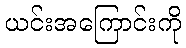
ယင်းအကြောင်းကို